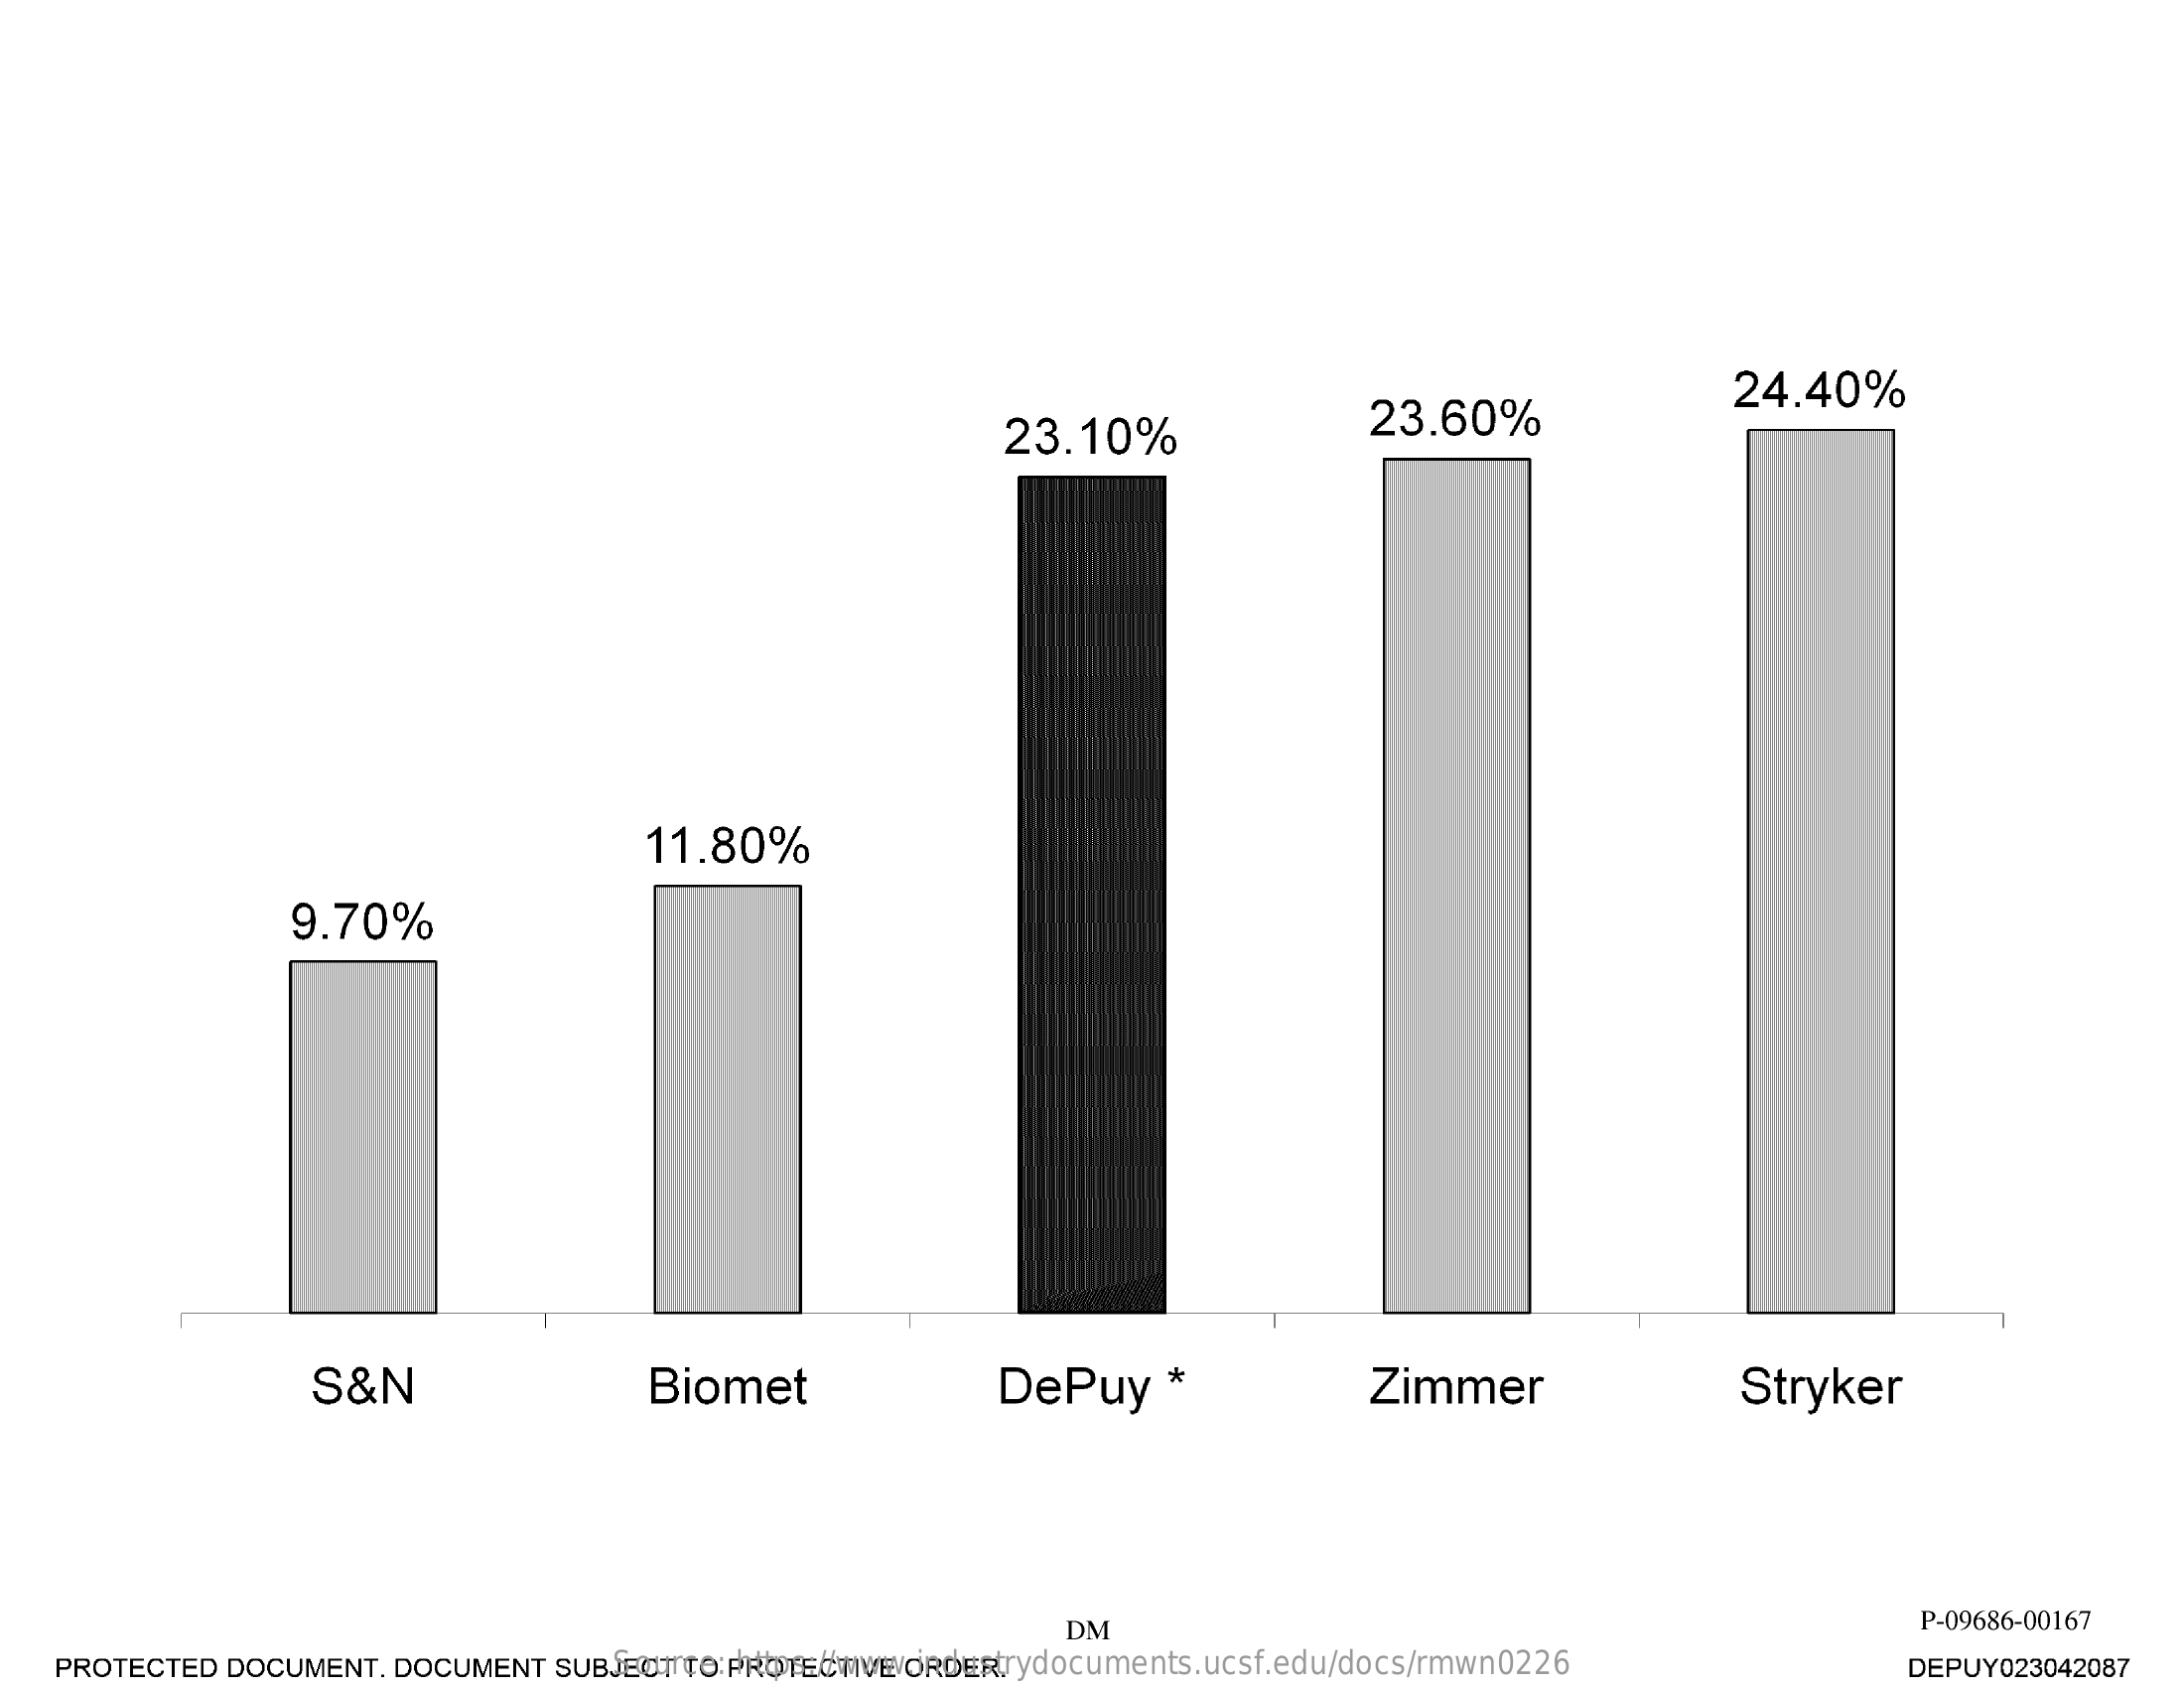
23.10%    23.60%
     24.40%
     11.80%
     9.70%
     S&N    Biomet    DePuy    · *    Zimmer    Stryker
     DM    P-09686-00167
     Source: https://www.industrydocuments.ucsf.edu/docs/rmwn0226 PROTECTED DOCUMENT. DOCUMENT SUBJECT TO PROTECTIVE ORDER. DEPUY023042087